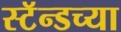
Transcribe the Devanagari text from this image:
स्टॅन्डच्या